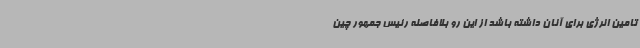
تامین انرژی برای آنان داشته باشد از این رو بلافاصله رئیس جمهور چین